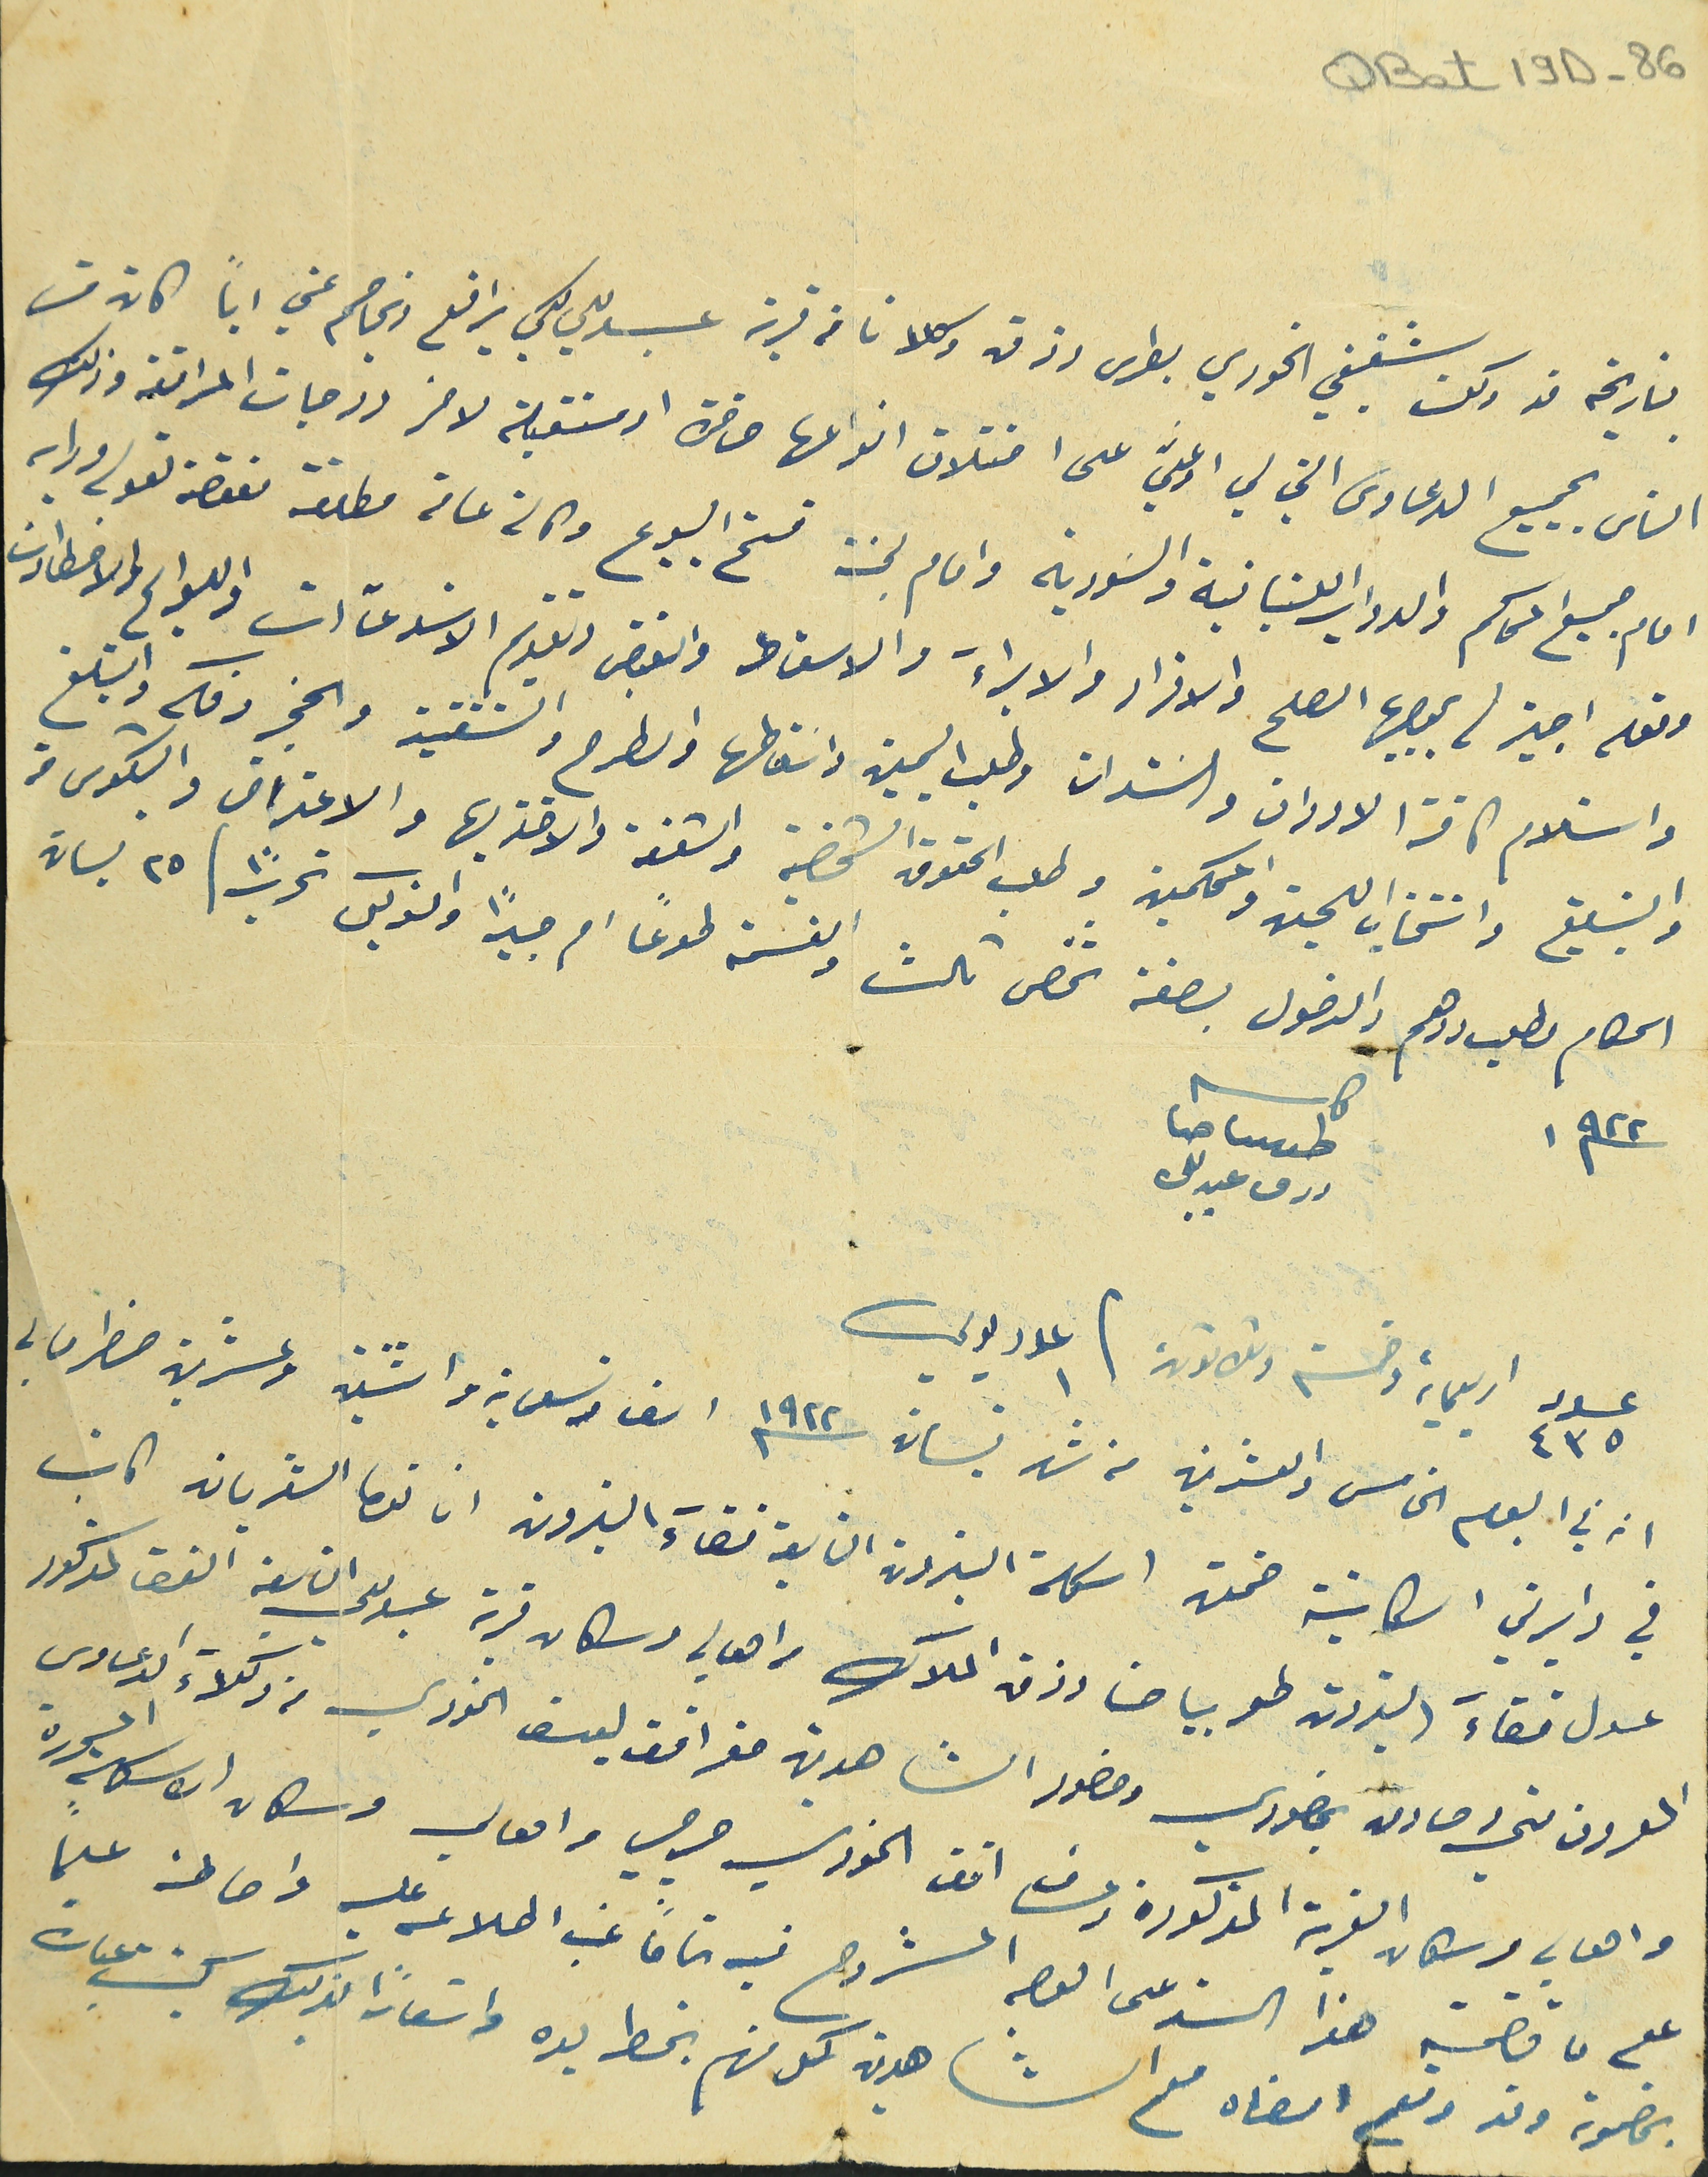
QBat 19D-86
بتاريخه قد وكلت شقيقي الخوري بطرس رزق وكلانا من قرية عبدللي لكي يرافع ويخاصم عني اياً كان من
الناس بجميع الدعاوى التي لي او عليّ على اختلاف انواعها حاضرة او مستقبلية لاخر درجات المرافعة وذلك
امام جميع المحاكم والدواير اللبنانية والسَورية وامام لجنة فتح البيوع وكالة عامة مطلقة مفوضة لقوله ورايه
وقوله اجيز له بموجبها الصلح والاقرار والابراءَ والاسقاط والقبض وتقديم الاستدعآات واللوايح والاخطارات
واستلام كافة الاوراق والسَندات وطلب اليمين واسَقاطها والطرح والتنفيذ والحجز وفكه والتبلغ
والتبليغ وانتخاب اللجن والمحكمين وطلب الحقوق الشخصية والاخذ بها والاعتراض والشكوى من
الحكام وطلب ردهم والدخول بصفة شخص ثالث والقسمة طوعاً ام جبرًا والتوكيل تحريرًا / ٢٥نيسان
١٩٢٢ كاتب طوبيا حنا رزق عبدللى
عدد ٤٣٥ اربعماية وخمسة وثلاثون / عدد١ يومي
انه في اليوم الخامس والعشرين من شهر نيسان ١٩٢٢ الف وتسعماية واثنين وعشرين حضر امامي
في دايرتي الكاينة ضمن اسكلة البترون التابعة قضاءَ البترون انا توما الشدياق كاتب
عدل قضاءَ البترون طوبيا حنا رزق الملاك من اهالي وسكان قرية عبدللى التابعة القضاء المذكور
المعروف مني وصادق بحضوري وحضور الشاهدين صقر افندى يوسف الخورى من وكلاءَ الدعاوى
واهالي وسكان القرية المذكورة وعساف افندى الخوري جرجي من اهالي وسكان الاسكلة المذكورة
على ما تضمنه هذا السند على الوجه المشروح فيه تماماً غب اطلاعه عليه واحاطته علماً
بمضمونه وقد وقع امضاه مع الشاهدين كل منهم بخط يده واشعاراً بذلك كتب عبارة